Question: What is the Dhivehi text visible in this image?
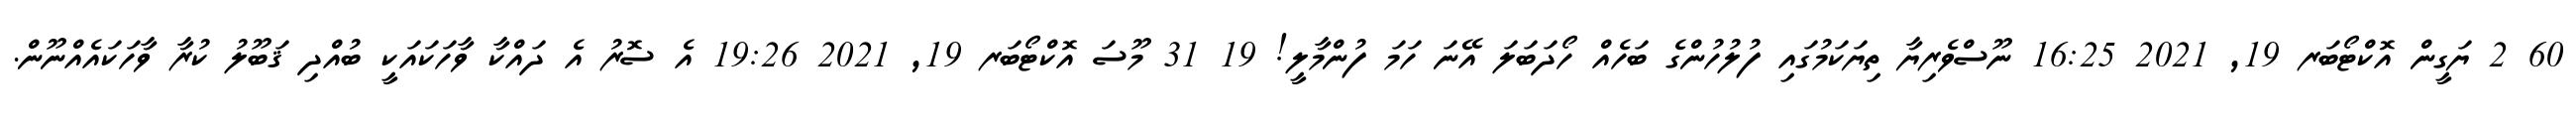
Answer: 60 2 ޔަގީން އޮކްޓޯބަރ 19, 2021 16:25 ނޫސްވެރިޔާ ތިޔަކަމުގައި ފުލުހުންގެ ބަހެއް ހޯދަބަލަ އޭނަ ހަމަ ފުންމާލީ! 19 31 މޫސަ އޮކްޓޯބަރ 19, 2021 19:26 އެ ސޮރު އެ ދައްކާ ވާހަކައަކީ ބުއްދި ޤަބޫލު ކުރާ ވާހަކައެއްނޫން.